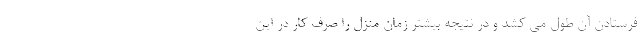
فرستادن آن طول می کشد و در نتیجه بیشتر زمان منزل را صرف کار در این